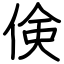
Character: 倹